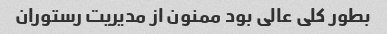
بطور کلی عالی بود ممنون از مدیریت رستوران